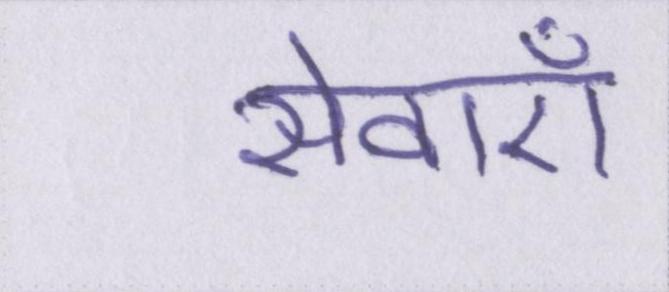
सेवाऍं